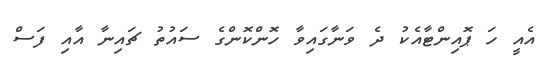
އެއީ ހަ ޕޮއިންޓާއެކު ދެ ވަނާގައިވާ ހޮންކޮންގެ ސައުތު ޗައިނާ އާއި ފަސް